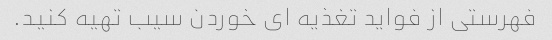
فهرستی از فواید تغذیه ای خوردن سیب تهیه کنید.